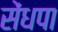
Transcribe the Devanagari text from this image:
सेंधपा